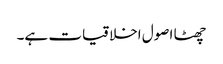
چھٹا اصول اخلاقیات ہے۔